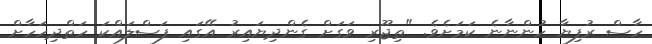
ހާސް ރުފިޔާ ހުންނާނެ ކަމަށެވެ. "ތިޖޫރި ވަގަށް ގެންދިޔައިރު އޭގައި ފަސްލައްކަ ހަތްދިހަހާށް